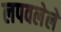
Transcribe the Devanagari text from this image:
लपवलेले